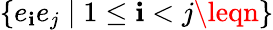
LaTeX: \{ e_{\mathbf{i}}e_{j}\mid1\leq\mathbf{i}<j\leqn\}